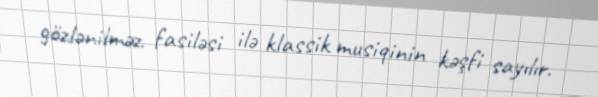
gözlənilməz fasiləsi ilə klassik musiqinin kəşfi sayılır.